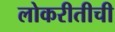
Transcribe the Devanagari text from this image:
लोकरीतीची